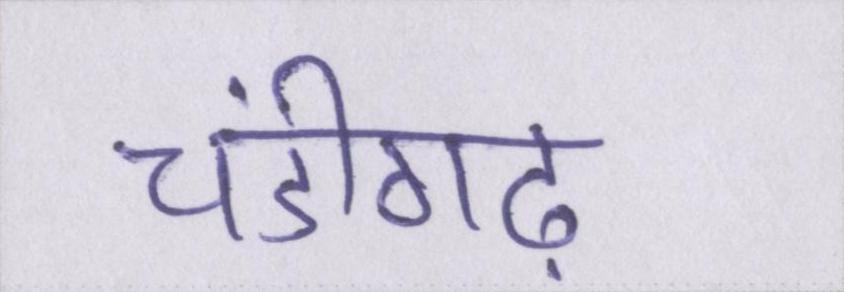
चंडीगढ़